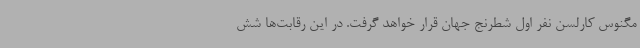
مگنوس کارلسن نفر اول شطرنج جهان قرار خواهد گرفت. در این رقابت‌ها شش